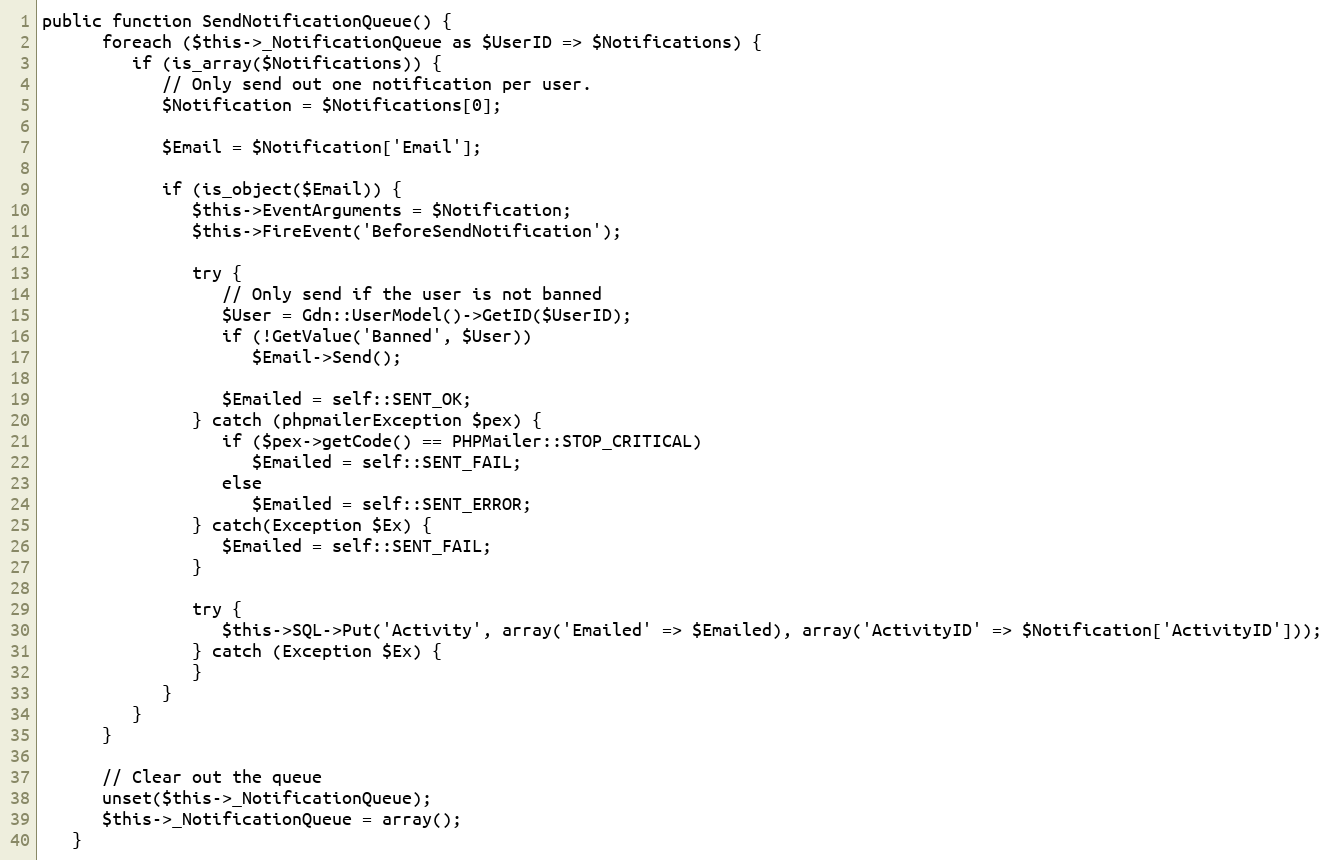
Language: PHP
public function SendNotificationQueue() {
      foreach ($this->_NotificationQueue as $UserID => $Notifications) {
         if (is_array($Notifications)) {
            // Only send out one notification per user.
            $Notification = $Notifications[0];

            $Email = $Notification['Email'];

            if (is_object($Email)) {
               $this->EventArguments = $Notification;
               $this->FireEvent('BeforeSendNotification');

               try {
                  // Only send if the user is not banned
                  $User = Gdn::UserModel()->GetID($UserID);
                  if (!GetValue('Banned', $User))
                     $Email->Send();

                  $Emailed = self::SENT_OK;
               } catch (phpmailerException $pex) {
                  if ($pex->getCode() == PHPMailer::STOP_CRITICAL)
                     $Emailed = self::SENT_FAIL;
                  else
                     $Emailed = self::SENT_ERROR;
               } catch(Exception $Ex) {
                  $Emailed = self::SENT_FAIL;
               }

               try {
                  $this->SQL->Put('Activity', array('Emailed' => $Emailed), array('ActivityID' => $Notification['ActivityID']));
               } catch (Exception $Ex) {
               }
            }
         }
      }

      // Clear out the queue
      unset($this->_NotificationQueue);
      $this->_NotificationQueue = array();
   }